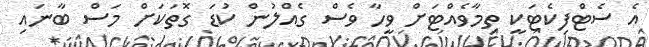
އެ ސެޓްފިކެޓަކީ ތިމާވެއްޓަށް ވީހާ ވެސް ގެއްލުން ކުޑަ ގޮތަކަށް މަސް ބާނައި